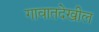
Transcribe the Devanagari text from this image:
गावातदेखील